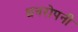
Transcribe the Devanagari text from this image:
धनरोपनी